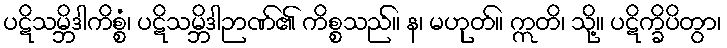
ပဋိသမ္ဘိဒါကိစ္စံ၊ ပဋိသမ္ဘိဒါဉာဏ်၏ ကိစ္စသည်။ န၊ မဟုတ်။ ဣတိ၊ သို့။ ပဋိက္ခိပိတွာ၊